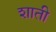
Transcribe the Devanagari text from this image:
शाती